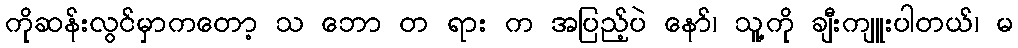
ကိုဆန်းလွင်မှာကတော့ သ ဘော တ ရား က အပြည့်ပဲ နော်၊ သူ့ကို ချီးကျူးပါတယ်၊ မ